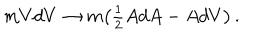
LaTeX: m V d V \rightarrow m \bigl ( { \textstyle { { \frac { 1 } { 2 } } } } A d A - A d V \bigr ) \, .